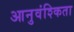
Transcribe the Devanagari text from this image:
आनुवंश्किता